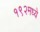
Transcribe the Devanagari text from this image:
१९२मध्ये